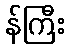
န်ကြီး